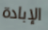
الإبادة